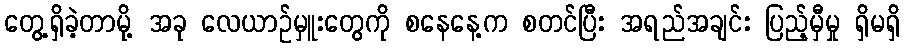
တွေ့ရှိခဲ့တာမို့ အခု လေယာဉ်မှူးတွေကို စနေနေ့က စတင်ပြီး အရည်အချင်း ပြည့်မှီမှု ရှိမရှိ